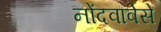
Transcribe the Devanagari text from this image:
नोंदवावेसे